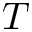
T